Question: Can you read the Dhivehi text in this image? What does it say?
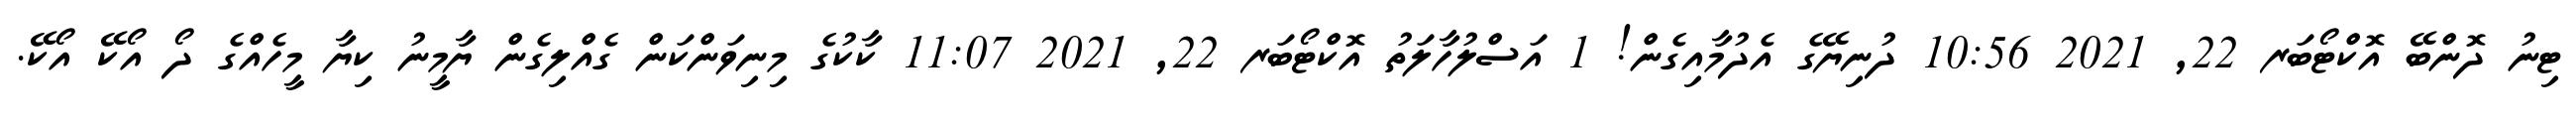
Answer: ޓިނު ދޮންބޭ އޮކްޓޯބަރ 22, 2021 10:56 ދުނިޔޭގެ އެދުމާއިގެން! 1 އަސްލުހާލަތު އޮކްޓޯބަރ 22, 2021 11:07 ކާކުގެ މިނިވަންކަން ގެއްލިގެން ޔާމީނު ކިޔާ މީހެއްގެ ދޯ އޯކޭ އޯކޭ.